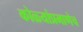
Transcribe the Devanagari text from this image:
कोळ्यांप्रमाणेच